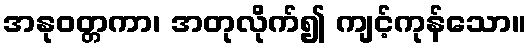
အနုဝတ္တကာ၊ အတုလိုက်၍ ကျင့်ကုန်သော။